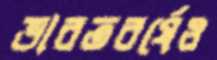
ভারতবর্ষেও